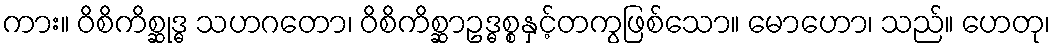
ကား။ ဝိစိကိစ္ဆုဒ္ဓ သဟဂတော၊ ဝိစိကိစ္ဆာဥဒ္ဓစ္စနှင့်တကွဖြစ်သော။ မောဟော၊ သည်။ ဟေတု၊